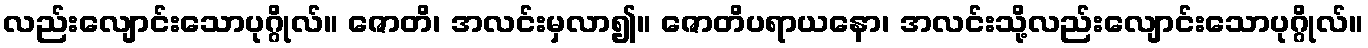
လည်းလျောင်းသောပုဂ္ဂိုလ်။ ဇောတိ၊ အလင်းမှလာ၍။ ဇောတိပရာယနော၊ အလင်းသို့လည်းလျောင်းသောပုဂ္ဂိုလ်။